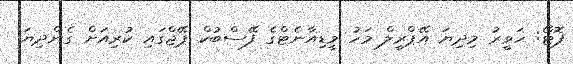
ފޮޓޯ: ހަވީރު މިދިޔަ އޭޕްރީލް މަހު މީޑިއާނެޓްގެ ފޭސްބުކް ޕޭޖްގައި ކުރިއަށް ގެންދިޔަ